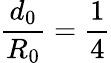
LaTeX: \frac{d_{0}}{R_{0}}=\frac{1}{4}